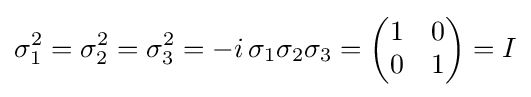
\sigma _{1}^{2}=\sigma _{2}^{2}=\sigma _{3}^{2}=-i\,\sigma _{1}\sigma _{2}\sigma _{3}={\begin{pmatrix}1&0\\0&1\end{pmatrix}}=I